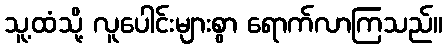
သူ့ထံသို့ လူပေါင်းများစွာ ရောက်လာကြသည်။